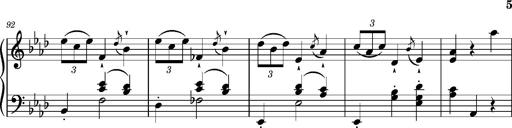
Title: Petite valse favorite
Composer: Franz Liszt
Key: A-flat major